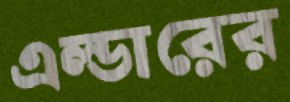
এল্ডারের